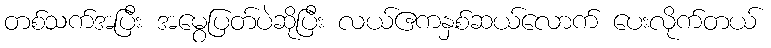
တစ်သက်အပြီး အမွေပြတ်ပဲဆိုပြီး လယ်ဧကနှစ်ဆယ်လောက် ပေးလိုက်တယ်